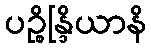
ပဉ္စိန္ဒြိယာနိ